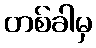
တစ်ခါမှ